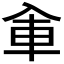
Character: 𰃚